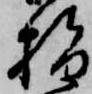
指